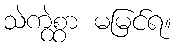
သဲကွဲစွာ မမြင်ရ။